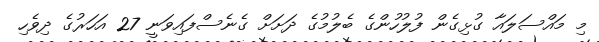
މި މައްސަލައާ ގުޅިގެން ފުލުހުންގެ ބެލުމުގެ ދަށަށް ގެނެސްފައިވަނީ 27 އަހަރުގެ ދިވެހި